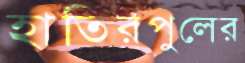
হাতিরপুলের